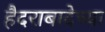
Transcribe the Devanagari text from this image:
हैदराबादेच्या